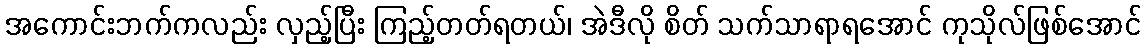
အကောင်းဘက်ကလည်း လှည့်ပြီး ကြည့်တတ်ရတယ်၊ အဲဒီလို စိတ် သက်သာရာရအောင် ကုသိုလ်ဖြစ်အောင်